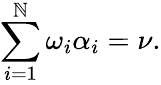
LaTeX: \sum_{i=1}^{\mathbb{N}}\omega_{i}\alpha_{i}=\nu.